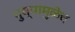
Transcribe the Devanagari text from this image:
पुष्पामुळेच